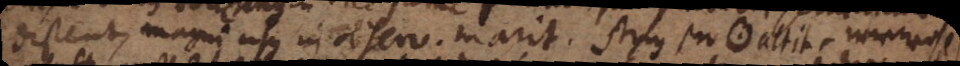
distent, magni usus in observ. marit. Stay pro ⊙ altit, wiewohl